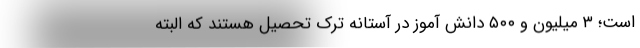
است؛ ۳ میلیون و ۵۰۰ دانش آموز در آستانه ترک تحصیل هستند که البته